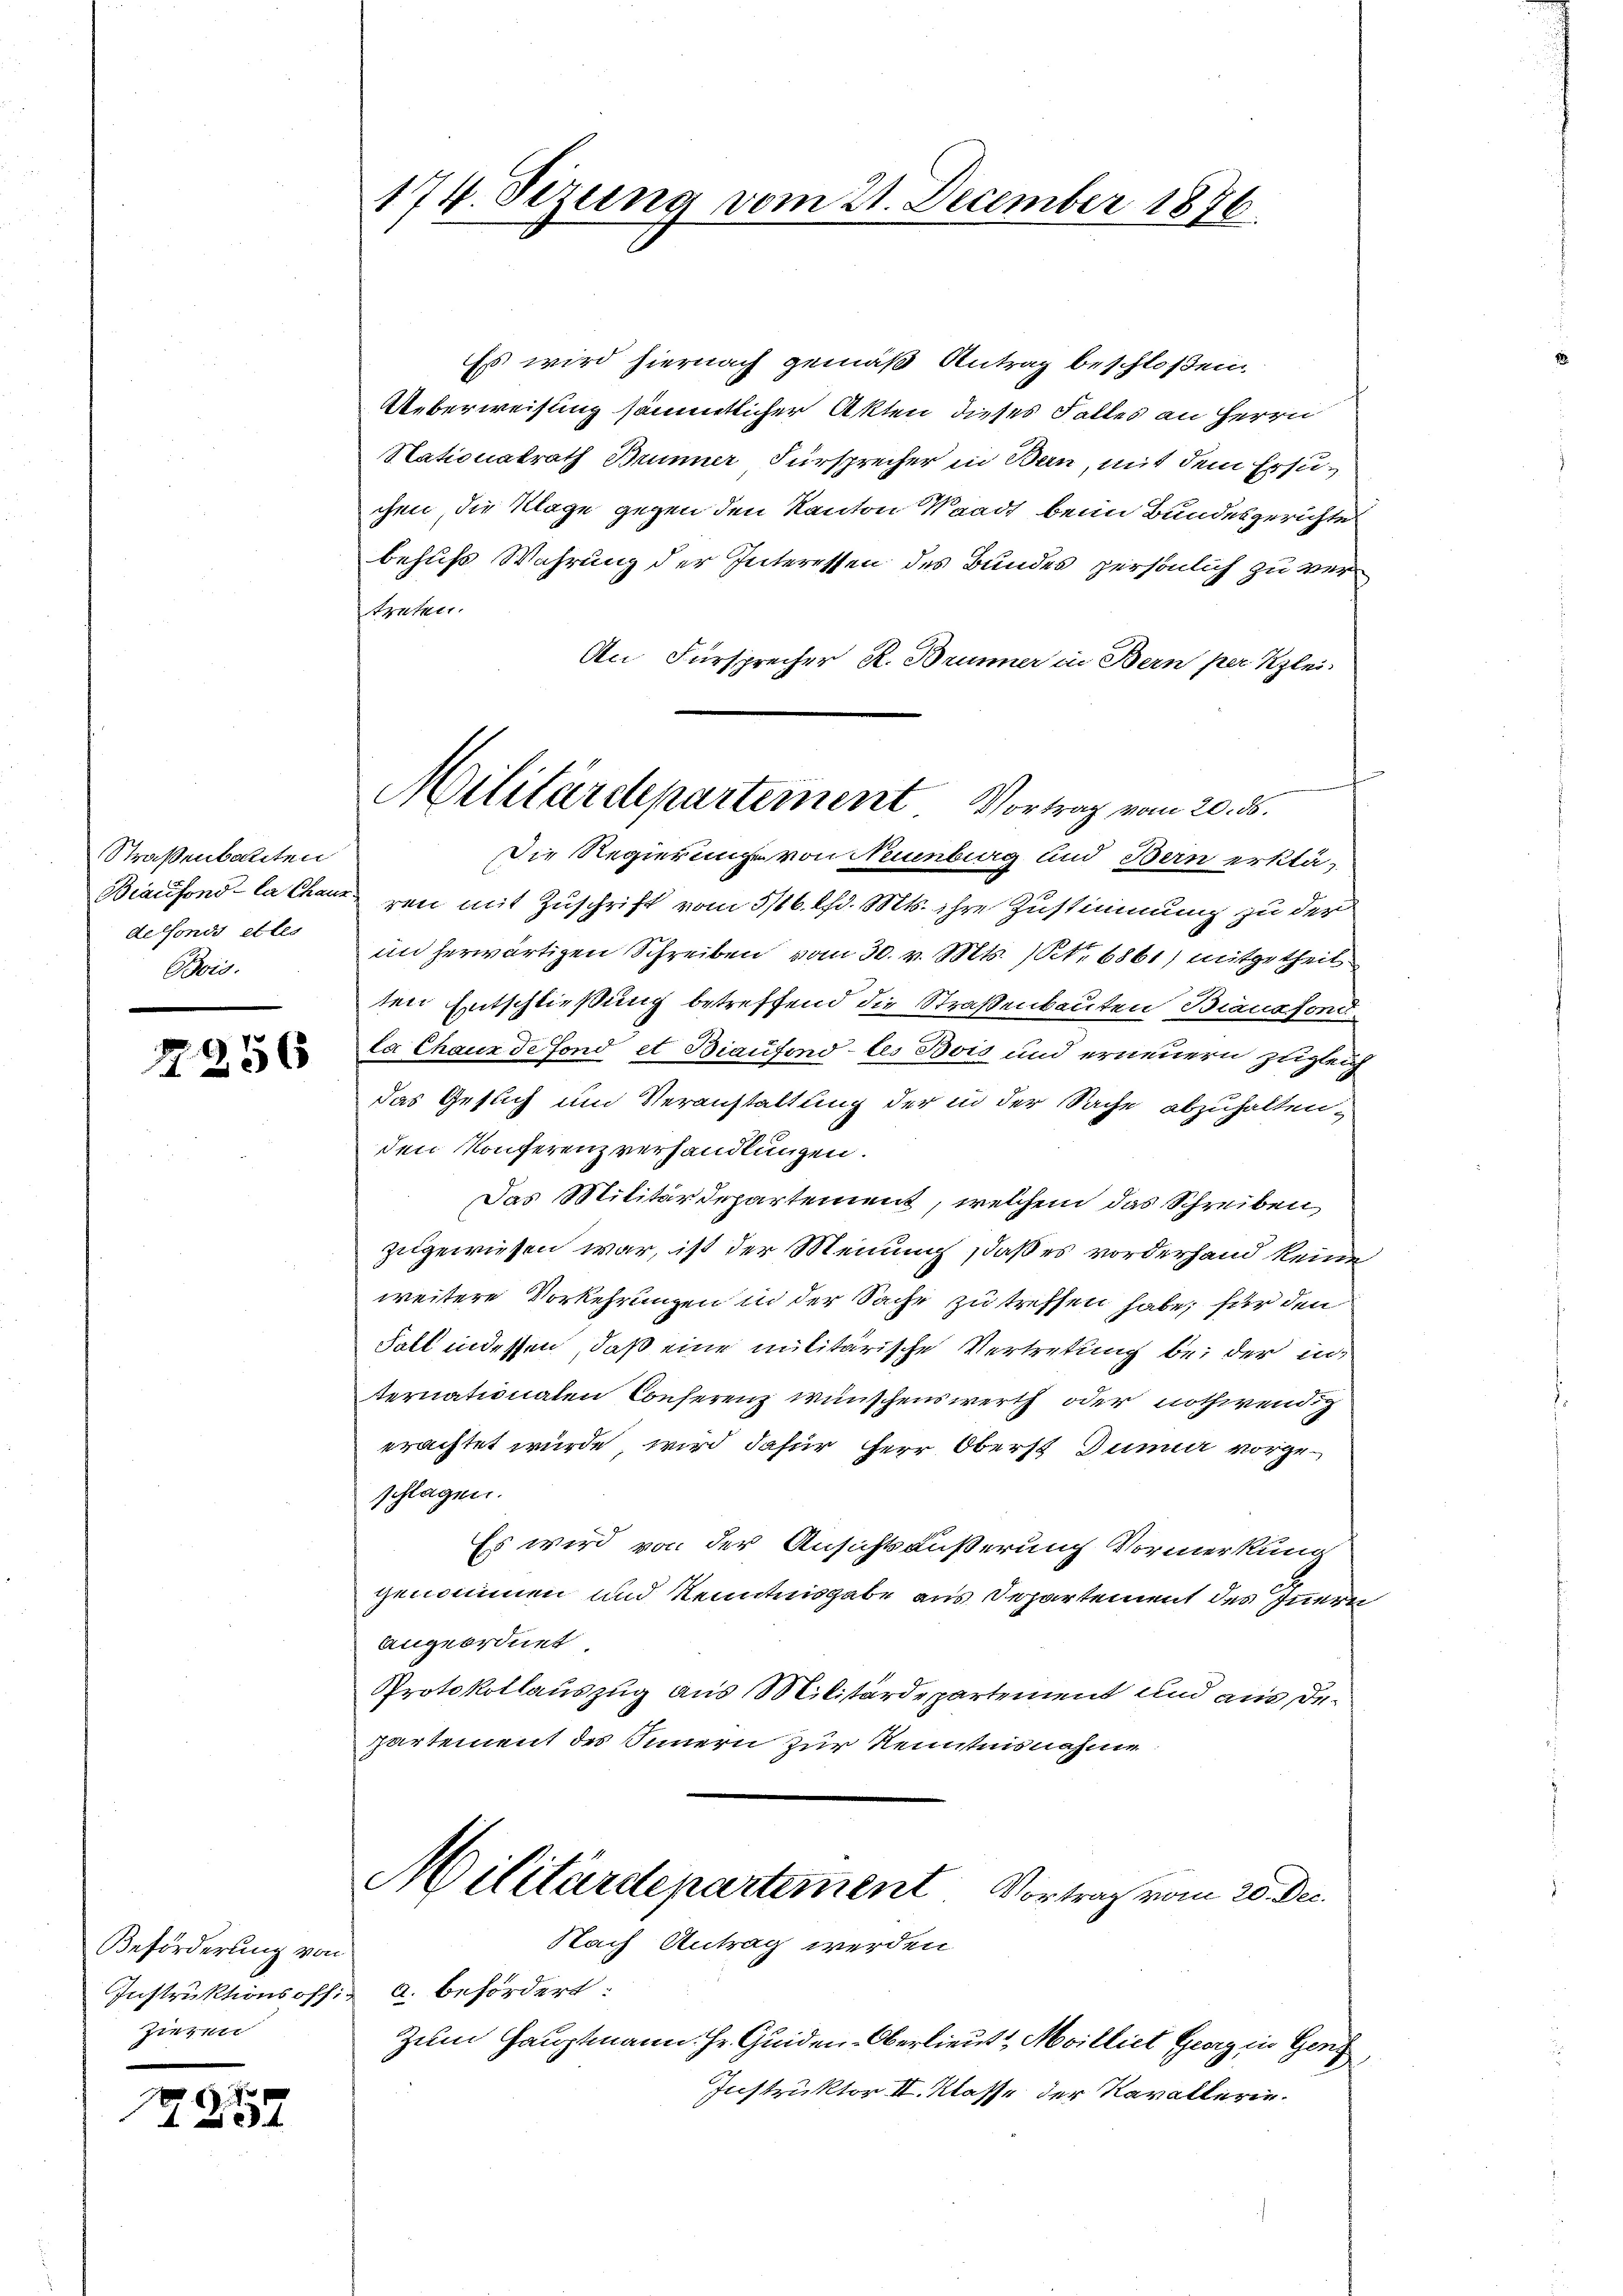
Straßenbalten
defonds et les
Bois.

7256

Beförderung von
Ziehen

2257

Es wird hiernach gemäß Antrag beschloßen,
Ueberweisung sämmtlicher Akten dieses Falles an Herrn
Nationalrath Brunner Fürsprecher in Bau, mit dem Ersuchen, die Klage gegen den Kanton Waadt beim Bundesgerichte
behufs Wahrung der Interessen des Bundes persönlich zu vertreten.
An Fürsprecher R. Bunner in Bern per Klei
¬
Die Regierung von Neuenburg und Bern erklä-
Biaufond - la charen mit Zuschrift vom 3/16. d. Mts. ihre Zustimmung zu der
in herwärtigen Schreiben vom 30. v. Mts. No 6861) mitgetheilten Entschließung betreffend die Straßenbauten Biansfondla Chaux de fond et Biaufond - les Bois und erneuern zugleich
das Gesuch und Veranstaltung der in der Sache abzuhalten,
den Konferenzverhandlungen.
Das Militärdepartement, welchem das Schreiben
zugewiesen war, ist der Meinung, daß es vorderhand keine
weitere Vorkehrungen in der Sache zu treffen habe; für den
Fall in dessen, daß eine militärische Vertretung bei der in
ternationalen Conferenz wünschenswerth oder nothwendig
erachtet wurde, wird dafür Herr Oberst Dummer vorgeschlagen.
Es wird von der Ansichtsäußerung Vormerkung
genommen und kenntnisgabe aus Departement des Innern
angeordnet
Protokollauszug aus Militärdepartement und aus departement des Innern zur Kenntnisnahme
Militärdepartement. Vortrag vom 20. Dec.
Nach Antrag werden
Instruktionsoff: a. befördert:
Zum Hauptmann Hr. Quiden-Oberlieut. Milliet Georg in Gen
Instruktor II. Klasse der Kavallerin¬

174. Sezung vom 21. December 1876.

Militärdepartement Vortrag vom 20. ds.